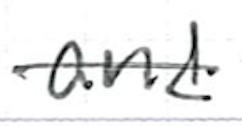
Text: and
Cross-out: single-line
Writing tool: ballpoint